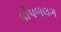
પીપળલગ